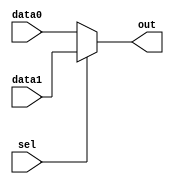
module mux (data0, data1, sel, out);
  parameter WIDTH = 32;
  input [WIDTH-1:0] data0, data1;
  input sel;
  output [WIDTH-1:0] out;

  assign out = (sel == 1) ? data1 : data0;
endmodule